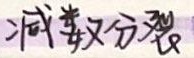
减数分裂